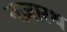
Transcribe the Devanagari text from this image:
नज़ारथ